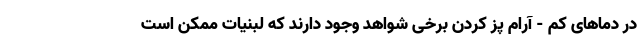
در دماهای کم - آرام پز کردن برخی شواهد وجود دارند که لبنیات ممکن است